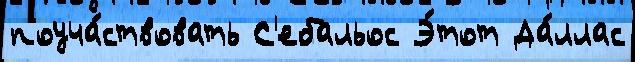
поуча́ствовать С'ебальос Э́тот Да́ллас